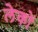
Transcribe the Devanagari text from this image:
लेकों